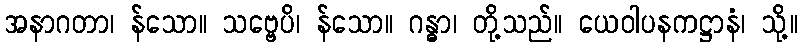
အနာဂတာ၊ န်သော။ သဗ္ဗေပိ၊ န်သော။ ဂန္ဓာ၊ တို့သည်။ ယေဝါပနကဋ္ဌာနံ၊ သို့။